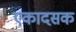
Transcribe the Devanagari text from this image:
एकादसक